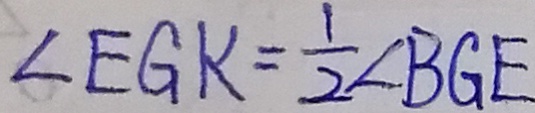
\angle E G K = \frac { 1 } { 2 } \angle B G E